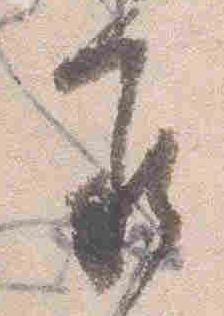
承